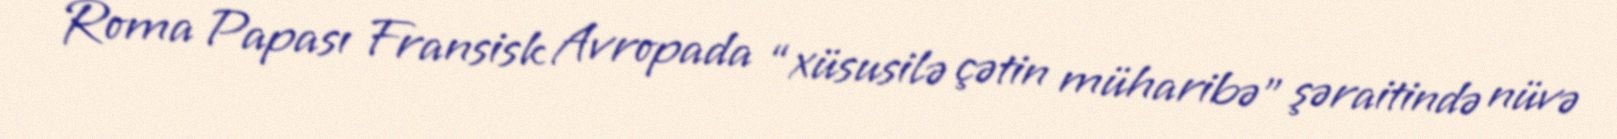
Roma Papası Fransisk Avropada “xüsusilə çətin müharibə” şəraitində nüvə